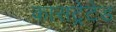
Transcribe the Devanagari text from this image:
कासट्रेटेड